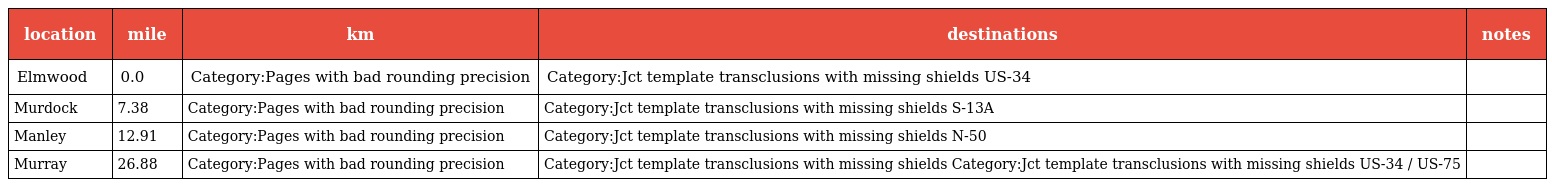
| location | mile | km | destinations | notes |
 | --- | --- | --- | --- | --- |
 | Elmwood | 0.0 | Category:Pages with bad rounding precision | Category:Jct template transclusions with missing shields US-34 |  |
 | Murdock | 7.38 | Category:Pages with bad rounding precision | Category:Jct template transclusions with missing shields S-13A |  |
 | Manley | 12.91 | Category:Pages with bad rounding precision | Category:Jct template transclusions with missing shields N-50 |  |
 | Murray | 26.88 | Category:Pages with bad rounding precision | Category:Jct template transclusions with missing shields Category:Jct template transclusions with missing shields US-34 / US-75 |  |